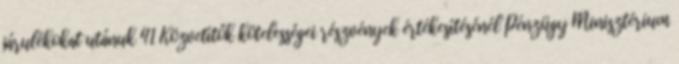
járulékokat utánuk 41 Közvetítők kötelességei részvények értékesítésénél Pénzügy Minisztérium